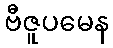
ဗီဇူပမေန